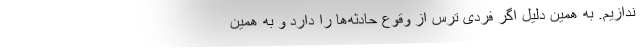
ندازیم. به همین دلیل اگر فردی ترس از وقوع حادثه‌ها را دارد و به همین